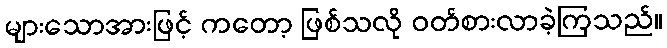
များသောအားဖြင့် ကတော့ ဖြစ်သလို ဝတ်စားလာခဲ့ကြသည်။